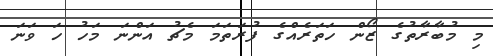
މި މުބާރާތުގެ ޒޯން ހަތަރެއްގެ ފުރަތަމަ މެޗު އަންނަ މަހު ހަ ވަނަ